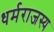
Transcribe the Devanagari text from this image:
धर्मराजस्य